Account of plague administration in the Bombay Presidency from September 1896 till May 1897
Year: 1896
Disease focus: Plague
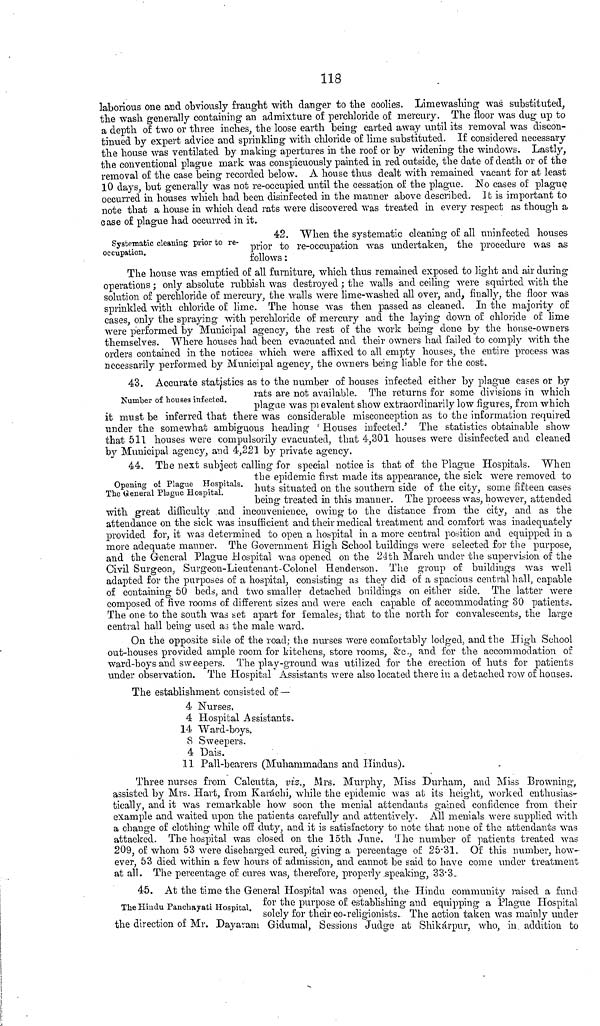
118
laborious one and obviously fraught with danger to the coolies. Limewashing was substituted,
the wash generally containing an admixture of perchloride of mercury. The floor was dug up to
a depth of two or three inches, the loose earth being carted away until its removal was discon-
tinued by expert advice and sprinkling with chloride of lime substituted. If considered necessary
the house was ventilated by making apertures in the roof or by widening the windows. Lastly,
the conventional plague mark was conspicuously painted in red outside, the date of death or of the
removal of the case being recorded below. A house thus dealt with remained vacant for at least
10 days, but generally was not re-occupied until the cessation of the plague. No cases of plague
occurred in houses which had been disinfected in the manner above described. It is important to
note that a house in which dead rats were discovered was treated in every respect as though a
case of plague had occurred in it.
Systematic cleaning prior to re-
occupation.
42. When the systematic cleaning of all uninfected houses
prior to re-occupation was undertaken, the procedure was as
follows :
The house was emptied of all furniture, which thus remained exposed to light and air during
operations ; only absolute rubbish was destroyed ; the walls and ceiling were squirted with the
solution of perchloride of mercury, the walls were lime-washed all over, and, finally, the floor was
sprinkled with chloride of lime. The house was then passed as cleaned. In the majority of
cases, only the spraying with perchloride of mercury and the laying down of chloride of lime
were performed by Municipal agency, the rest of the work being done by the house-owners
themselves. Where houses had been evacuated and their owners had failed to comply with the
orders contained in the notices which were affixed to all empty houses, the entire process was
necessarily performed by Municipal agency the owners being liable for the cost.
Number of houses infected.
43. Accurate statistics as to the number of houses infected either by plague cases or by
rats are not available. The returns for some divisions in which
plague was prevalent show extraordinarily low figures, from which
it must be inferred that there was considerable misconception as to the information required
under the somewhat ambiguous heading ' Houses infected,' The statistics obtainable show
that 511 houses were compulsorily evacuated, that 4,301 houses were disinfected and cleaned
by Municipal agency, and 4,221 by private agency.
Opening of Plague Hospitals.
The General Plague Hospital.
44. The next subject calling for special notice is that of the Plague Hospitals. When
the epidemic first made its appearance, the sick were removed to
huts situated on the southern side of the city, some fifteen cases
being treated in this manner. The process was, however, attended
with great difficulty and inconvenience, owing to the distance from the city, and as the
attendance on the sick was insufficient and their medical treatment and comfort was inadequately
provided for, it was determined to open a hospital in a more central position and equipped in a
more adequate manner. The Government High School buildings were selected for the purpose,
and the General Plague Hospital was opened on the 24th March under the supervision of the
Civil Surgeon, Surgeon-Lieutenant-Colonel Henderson. The group of buildings was well
adapted for the purposes of a hospital, consisting as they did of a spacious central hall, capable
of containing 50 beds, and two smaller detached buildings on either side. The latter were
composed of five rooms of different sizes and were each capable of accommodating SO patients.
The one to the south was set apart for females; that to the north for convalescents, the large
central hall being used as the male ward.
On the opposite side of the road; the nurses were comfortably lodged, and the High School
out-houses provided ample room for kitchens, store rooms, &c., and for the accommodation of
ward-boys and sweepers. The play-ground was utilized for the erection of huts for patients
under observation. The Hospital Assistants were also located there in a detached row of houses.
The establishment consisted of —
4 Nurses,
4 Hospital Assistants.
14 Ward-boys.
8 Sweepers.
4 Dais.
11 Pall-bearers (Muhammadans and Hindus).
Three nurses from Calcutta, viz., Mrs. Murphy, Miss Durham, and Miss Browning;
assisted by Mrs. Hart, from Karachi, while the epidemic was at its height, worked enthusias-
tically, and it was remarkable how soon the menial attendants gained confidence from their
example and waited upon the patients carefully and attentively. All mentals were supplied with
a change of clothing while off duty, and it is satisfactory to note that none of the attendants was
attacked. The hospital was closed on the 15th June. The number of patients treated was
209, of whom 53 were discharged cured, giving a percentage of 25-31. Of this number, how-
ever, 53 died within a few hours of admission, and cannot be said to have come under treatment
at all. The percentage of cures was, therefore, properly speaking. 33-'3.
The Hindu Panchayati Hospital.
45. At the time the General Hospital was opened, the- Hindu community raised a fund
lor the purpose of establishing and equipping a Plague Hospital
solely for their co-religionists. The action taken was mainly under
the direction of Mr. Dayaram Gidumal, Sessions Judge at Shikárpur, who, in addition to